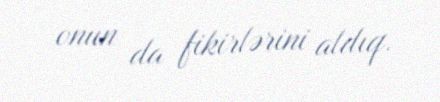
onun da fikirlərini aldıq.